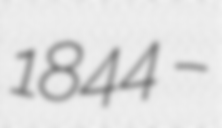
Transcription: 1844 –